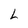
Character: L